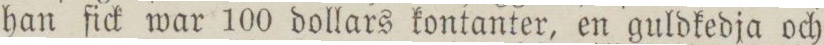
han fick war 100 dollars kontanter, en guldkedja och